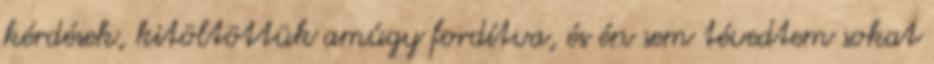
kérdések, kitöltöttük amúgy fordítva, és én sem tévedtem sokat